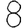
Digit: 8